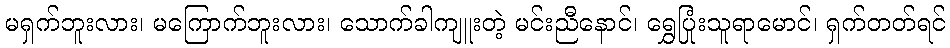
မရှက်ဘူးလား၊ မကြောက်ဘူးလား၊ သောက်ခါကျူးတဲ့ မင်းညီနောင်၊ ရွှေပြုံးသူရာမောင်၊ ရှက်တတ်ရင်